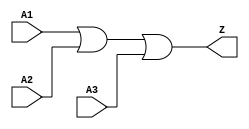
// Copyright 2022 GlobalFoundries PDK Authors
//
// Licensed under the Apache License, Version 2.0 (the "License");
// you may not use this file except in compliance with the License.
// You may obtain a copy of the License at
//
//      http://www.apache.org/licenses/LICENSE-2.0
//
// Unless required by applicable law or agreed to in writing, software
// distributed under the License is distributed on an "AS IS" BASIS,
// WITHOUT WARRANTIES OR CONDITIONS OF ANY KIND, either express or implied.
// See the License for the specific language governing permissions and
// limitations under the License.

module gf180mcu_fd_sc_mcu7t5v0__or3_1( A1, A2, A3, Z );
input A1, A2, A3;
output Z;

	or MGM_BG_0( Z, A1, A2, A3 );

endmodule